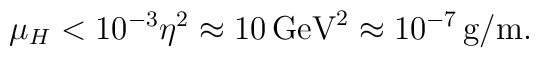
\mu_{H}< 10^{-3}\eta^{2} \approx 10\,\mbox{GeV}^{2} \approx 10^{-7}\,\mbox{g/m}.